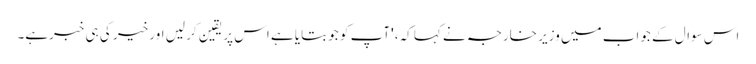
اس سوال کے جواب میں وزیر خارجہ نے کہا کہ، 'آپ کو جو بتایا ہے اس پر یقین کر لیں اور خیر کی ہی خبرہے۔